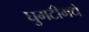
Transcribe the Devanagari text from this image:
घुमटीमधे